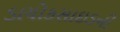
ડાયોકસાઇડની